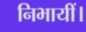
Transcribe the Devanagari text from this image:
निभायीं।